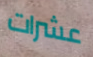
عشرات